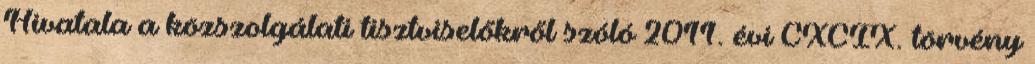
Hivatala a közszolgálati tisztviselőkről szóló 2011. évi CXCIX. törvény